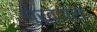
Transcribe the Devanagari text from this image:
गुरूव्‍दारा